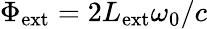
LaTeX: \Phi_{\mathrm{ext}}=2L_{\mathrm{ext}}\omega_{0}/c